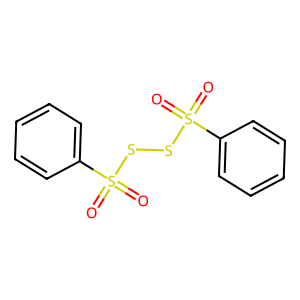
SMILES: O=S(=O)(SSS(=O)(=O)c1ccccc1)c1ccccc1
Inhibits HIV replication: No